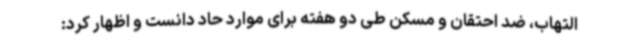
التهاب، ضد احتقان و مسکن طی دو هفته برای موارد حاد دانست و اظهار کرد: